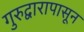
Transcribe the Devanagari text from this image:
गुरुद्वारापासून